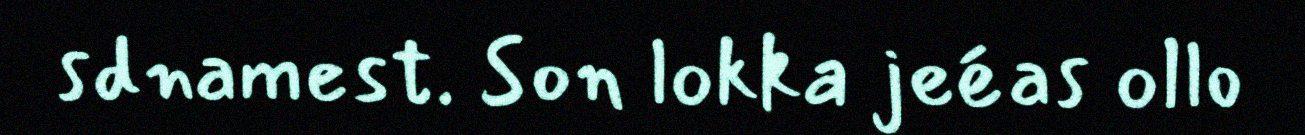
sdnamest. Son lokka jeéas ollo